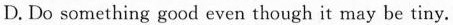
D.Do something good even though it may be tiny.